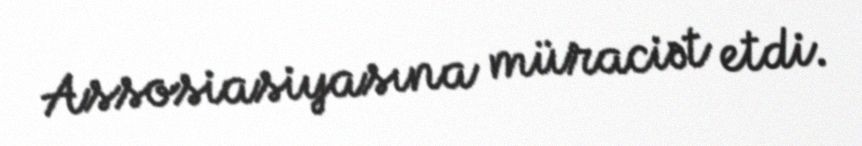
Assosiasiyasına müraciət etdi.